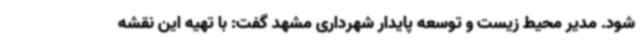
شود. مدیر محیط زیست و توسعه پایدار شهرداری مشهد گفت: با تهیه این نقشه